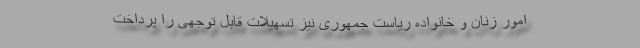
امور زنان و خانواده ریاست جمهوری نیز تسهیلات قابل توجهی را پرداخت